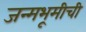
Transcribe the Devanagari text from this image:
जन्मभूमीची